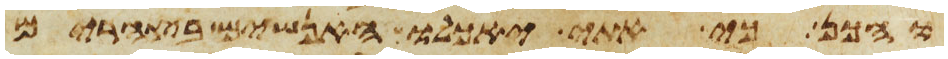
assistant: והכן כי אתי יאכלו האנשים בצהרים